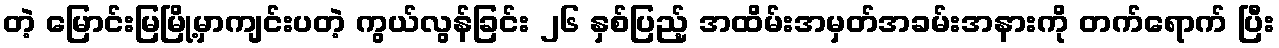
တဲ့ မြောင်းမြမြို့မှာကျင်းပတဲ့ ကွယ်လွန်ခြင်း ၂၆ နှစ်ပြည့် အထိမ်းအမှတ်အခမ်းအနားကို တက်ရောက် ပြီး